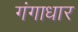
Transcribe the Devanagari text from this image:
गंगाधार